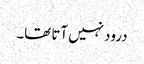
درود نہیں آتا تھا۔